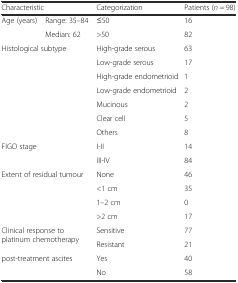
| <COLSPAN=2> Characteristic | Categorization | Patients (n = 98) |
 | --- | --- | --- | --- |
 | <ROWSPAN=2> Age (years) | Range: 35–84 | ≤50 | 16 |
 | Median: 62 | >50 | 82 |
 | <ROWSPAN=7-COLSPAN=2> Histological subtype | High-grade serous | 63 |
 | Low-grade serous | 17 |
 | High-grade endometrioid | 1 |
 | Low-grade endometrioid | 2 |
 | Mucinous | 2 |
 | Clear cell | 5 |
 | Others | 8 |
 | <ROWSPAN=2-COLSPAN=2> FIGO stage | I-II | 14 |
 | III-IV | 84 |
 | <ROWSPAN=4-COLSPAN=2> Extent of residual tumour | None | 46 |
 | <1 cm | 35 |
 | 1–2 cm | 0 |
 | >2 cm | 17 |
 | <ROWSPAN=2-COLSPAN=2> Clinical response to platinum chemotherapy | Sensitive | 77 |
 | Resistant | 21 |
 | <ROWSPAN=2-COLSPAN=2> post-treatment ascites | Yes | 40 |
 | No | 58 |